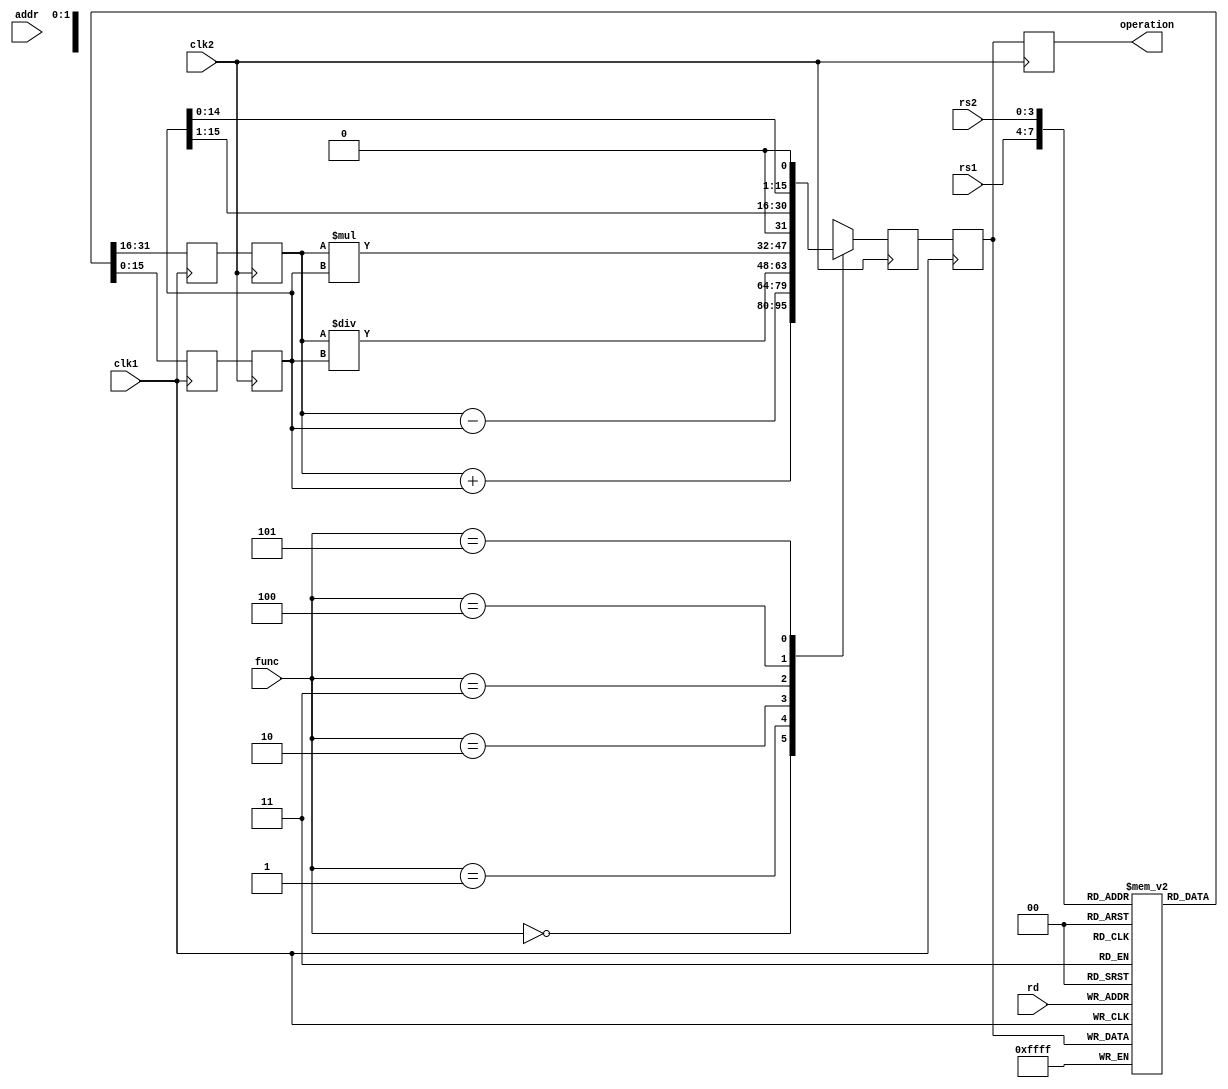
module PipelinedArch(input [3:0]rs1,rs2,rd,
input [2:0]func,
input [7:0]addr,
input clk1,clk2,
output [15:0]operation
    );
	 
	 parameter add = 3'b000,sub = 3'b001,div = 3'b010,mul = 3'b011,rsh = 3'b100,lsh = 3'b101; 
integer i;
initial begin
for(i=0;i<16;i=i+1)
Reg[i] = i+1;
end

reg [15:0]mem[0:255];
reg [15:0]Reg[0:15];
reg [15:0]L12_A,L12_B,L23_Z,L23_A,L23_B,L34_Z,L4_Z;

always @(posedge clk1)
begin
L12_A <= Reg[rs1];
L12_B <= Reg[rs2];
end

always @(posedge clk2)
begin
L23_A <= L12_A;
L23_B <= L12_B;
case(func)
add:L23_Z <= L23_A + L23_B;
sub:L23_Z <= L23_A - L23_B;
div:L23_Z <= L23_A / L23_B;
mul:L23_Z <= L23_A * L23_B;
rsh:L23_Z <= L23_B >> 1;
lsh:L23_Z <= L23_B << 1;
default:L23_Z <= 16'hxxxx;
endcase
end

always @(posedge clk1)
begin
L34_Z <= L23_Z;
Reg[rd] <= L34_Z;
end

always @(posedge clk2)
begin
L4_Z <= L34_Z;
mem[addr] <= L4_Z;
end

assign operation = L4_Z;

endmodule